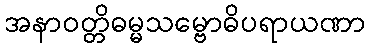
အနာဝတ္တိဓမ္မသမ္ဗောဓိပရာယဏာ